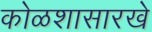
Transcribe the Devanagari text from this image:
कोळशासारखे